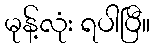
မုန့်လုံး ရပါပြီ။